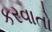
કરવાતો